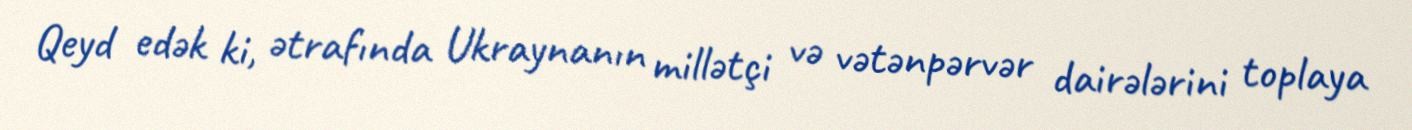
Qeyd edək ki, ətrafında Ukraynanın millətçi və vətənpərvər dairələrini toplaya